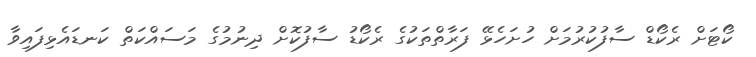
ކޯޓަށް ރެކޯޑް ސާފުކުރުމަށް ހުށަހެޅޭ ފަރާތްތަކުގެ ރެކޯޑު ސާފުކޮށް ދިނުމުގެ މަސައްކަތް ކަނޑައެޅިފައިވާ